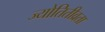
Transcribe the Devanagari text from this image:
ज्योतितीव्रता